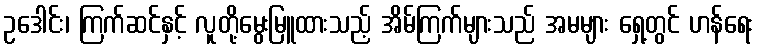
ဥဒေါင်း၊ ကြက်ဆင်နှင့် လူတို့မွေးမြူထားသည့် အိမ်ကြက်များသည် အမများ ရှေ့တွင် ဟန်ရေး